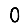
Digit: 0